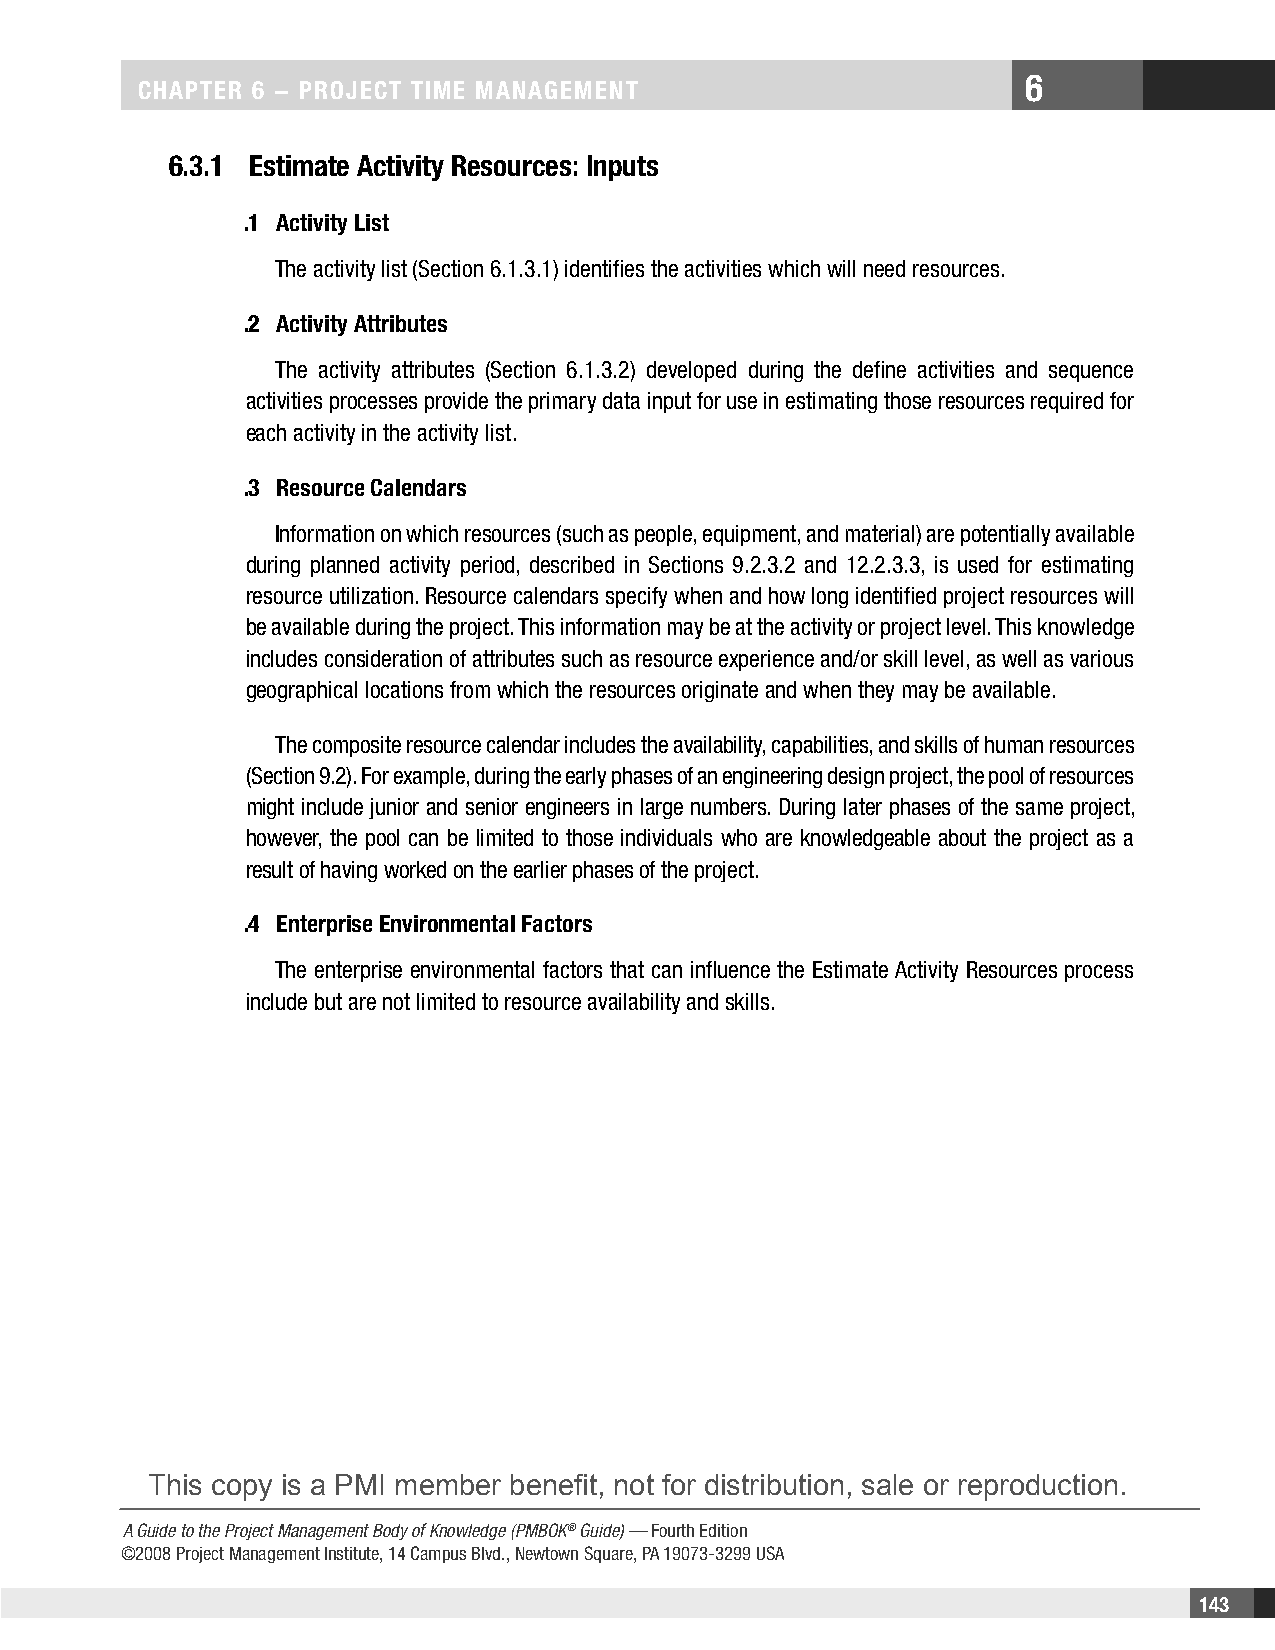
6
 CHAPTER 6 − PRojECT TimE mAnAgEmEnT
 6.3.1 Estimate Activity Resources: inputs
 .1 Activity List
 The activity list (Section 6.1.3.1) identifies the activities which will need resources.
 .2 Activity Attributes
 The activity attributes (Section 6.1.3.2) developed during the define activities and sequence
 activities processes provide the primary data input for use in estimating those resources required for
 each activity in the activity list.
 .3 Resource Calendars
 Information on which resources (such as people, equipment, and material) are potentially available
 during planned activity period, described in Sections 9.2.3.2 and 12.2.3.3, is used for estimating
 resource utilization. Resource calendars specify when and how long identified project resources will
 be available during the project. This information may be at the activity or project level. This knowledge
 includes consideration of attributes such as resource experience and/or skill level, as well as various
 geographical locations from which the resources originate and when they may be available.
 The composite resource calendar includes the availability, capabilities, and skills of human resources
 (Section 9.2). For example, during the early phases of an engineering design project, the pool of resources
 might include junior and senior engineers in large numbers. During later phases of the same project,
 however, the pool can be limited to those individuals who are knowledgeable about the project as a
 result of having worked on the earlier phases of the project.
 .4 Enterprise Environmental Factors
 The enterprise environmental factors that can influence the Estimate Activity Resources process
 include but are not limited to resource availability and skills.
 This copy is a PMI member benefit, not for distribution, sale or reproduction.
 A Guide to the Project Management Body of Knowledge (PMBOK® Guide) — Fourth Edition
 ©2008 Project Management Institute, 14 Campus Blvd., Newtown Square, PA 19073-3299 USA
 143